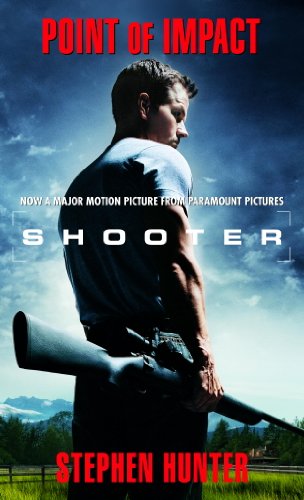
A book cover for Point of Impact (Bob Lee Swagger); Stephen Hunter; Mystery, Thriller & Suspense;